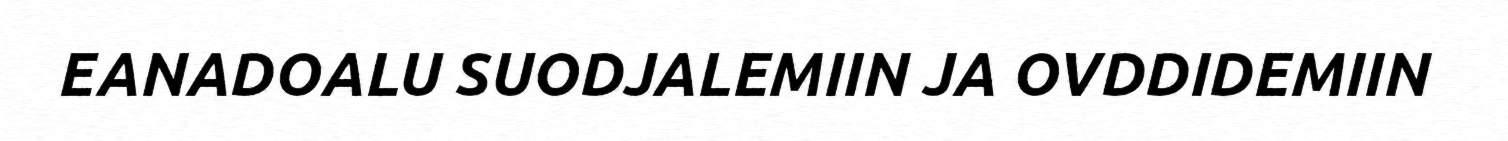
EANADOALU SUODJALEMIIN JA OVDDIDEMIIN